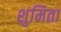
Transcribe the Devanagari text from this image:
शुमिता